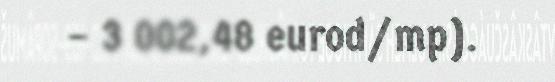
– 3 002,48 eurod/mp).